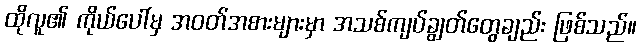
ထိုလူ၏ ကိုယ်ပေါ်မှ အဝတ်အစားများမှာ အသစ်ကျပ်ချွတ်တွေချည်း ဖြစ်သည်။